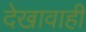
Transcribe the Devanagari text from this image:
देखावाही